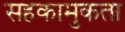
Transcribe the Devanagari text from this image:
सहकामुकता